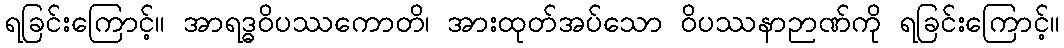
ရခြင်းကြောင့်။ အာရဒ္ဓဝိပဿကောတိ၊ အားထုတ်အပ်သော ဝိပဿနာဉာဏ်ကို ရခြင်းကြောင့်။